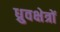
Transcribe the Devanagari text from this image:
ध्रुवक्षेत्रों